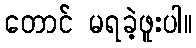
တောင် မရခဲ့ဖူးပါ။